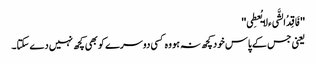
''فَاقِدُالشَّیء لایُعطِی''
یعنی جس کے پاس خود کچھ نہ ہو وہ کسی دوسرے کو بھی کچھ نہیں دے سکتا۔